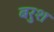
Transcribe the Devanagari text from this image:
बरुश